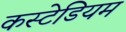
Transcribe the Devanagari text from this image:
कस्टेडियम